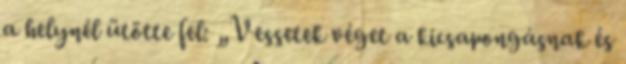
a helynél ütötte fel: „Vessetek véget a kicsapongásnak és